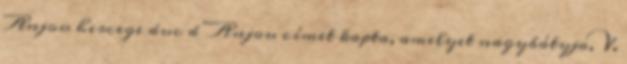
Anjou hercege duc d’Anjou címet kapta, amelyet nagybátyja, V.